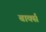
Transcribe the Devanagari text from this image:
बार्क्स